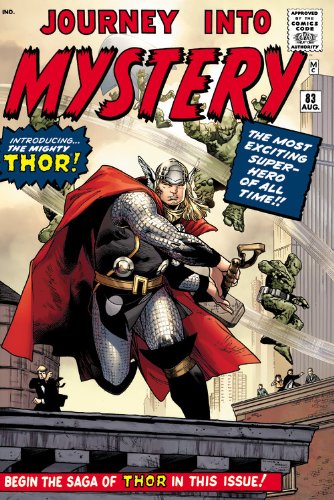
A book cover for The Mighty Thor Omnibus, Vol. 1; Stan Lee; Comics & Graphic Novels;